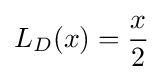
L_{D}(x)={\frac {x}{2}}